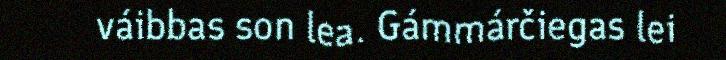
váibbas son lea. Gámmárčiegas lei